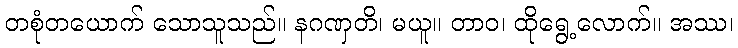
တစုံတယောက် သောသူသည်။ နဂဏှတိ၊ မယူ။ တာဝ၊ ထိုရွေ့လောက်။ အဿ၊